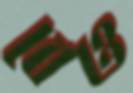
বেও